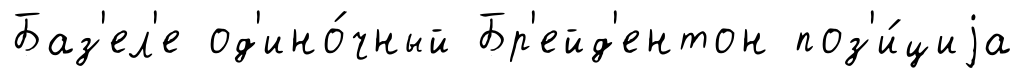
Баз'ел'е од'ино́чный Бр'ейд'ентон поз'и́циjа